Annual statistical returns and brief notes on vaccination in Bengal - 1887-1898
Year: 1887
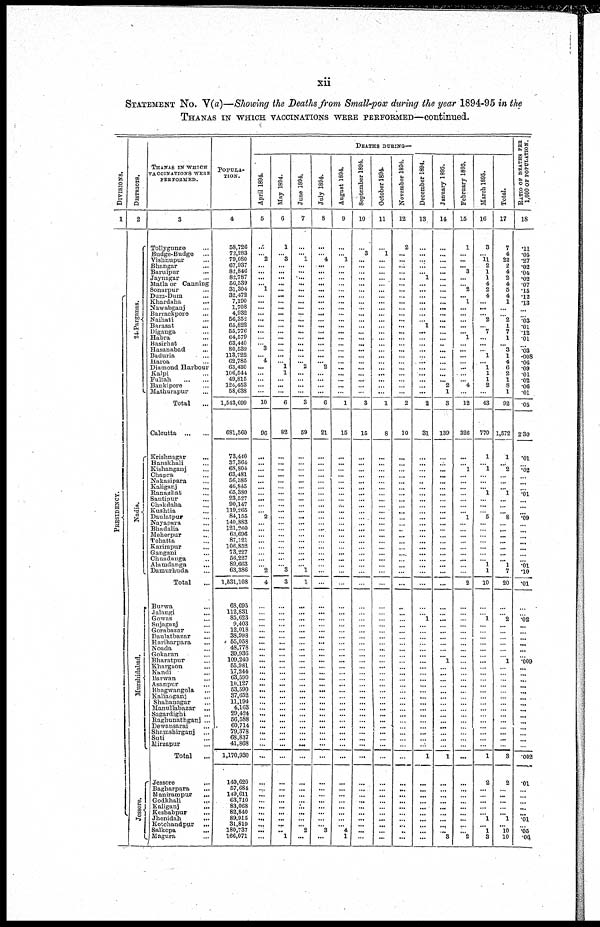
xii
STATEMENT No. V(a)—Showing the Deaths from Small-pox during the year 1894-95 in the
THANAS IN WHICH VACCINATIONS WERE PERFORMED—continued.
DIVISIONS.
1
PRESIDENCY.
DISTRICTS.
2
24-Parganas.
Nadia.
Murshidabad.
Jessore.
THANAS IN WHICH
VACCINATIONS WERE
PERFORMED.
3
Tollygunge ...
Budge-Budge ...
Vishnupur ...
Bhangar ...
Baruipur ...
Jaynagar ...
Matla or Canning
Sonarpur ...
Dum-Dum ...
Khardaha
...
Nawabganj ...
Barrackpore ...
Naihati
...
Barasat ...
Diganga ...
Habra ...
Basirhat
...
Hasanabad ...
Baduria
...
Haroa ...
Diamond Harbour ...
Kalpi ...
Fultah
...
...
Bankipore ...
Mathurapur ...
Total ...
Calcutta ... ...
Krishnagar ...
Hanskhali ...
Kishanganj ...
Chapra ...
Nakasipara ...
Kaliganj ...
Ranaghat ...
Santipur ...
Chakdaha ...
Kushtia ...
Daulatpur ...
Nayapara ...
Bhadalia ...
Meherpur
...
Tehatta ...
Karimpur
...
Gangani ...
Chuadanga ...
Alamdanga ...
Damurhuda ...
Total ...
Burwa
...
Jalangi ...
Gowas ...
Sujaganj
...
Gorabazar ...
Daulatbazar
...
Hariharpara
...
Noada ...
Gokaran
...
Bharatpur ...
Khargaon
...
Kandi
...
Barwan ...
Asanpur ...
Bhagwangola ...
Kaliaaganj ...
Shahanagar ...
Manullabazar ...
Sagardighi
...
Raghunathganj ...
Dewansarai
...
Shamshirganj ...
Suti ...
Mirzapur ...
Total
...
Jessore
...
Bagharpara ...
Manirampur
...
Godkhali
...
Kaliganj
...
Keshabpur ...
Jhenidah
...
Kotchandpur ...
Salkopa
...
Magura ...
POPULA-
TION.
4
58,726
72,283
79,080
67,937
82,846
82,787
56,539
31,304
32,472
7,190
1,708
4,932
56,352
65,822
55,776
64,579
63,440
80,539
113,722
62,785
63,430
106,544
49,815
124,453
58,638
1,543,699
681,560
73,440
37,364
68,804
63,481
56,385
46,845
65,380
23,527
90,147
119,265
84,155
140,883
121,260
63,696
87,121
106,852
73,227
56,227
89,663
63,386
1,531,108
68,695
112,831
85,623
9,403
12,018
38,998
55,058
48,778
39,936
109,240
55,981
17,244
63,590
10,127
53,590
37,652
11,194
4,163
29,424
56,588
60,714
79,378
68,837
41,868
1,170,930
149,620
57,684
149,611
63,710
83,068
82,840
89,915
31,819
180,737
166,071
DEATHS DURING—
April 1894.
5
...
... 2
...
...
...
... 1
...
...
...
...
...
...
...
...
... 3
... 4
...
...
...
...
...
10
90
...
...
...
...
...
...
...
...
...
... 2
...
...
...
...
...
...
...
... 2
4
...
...
...
... ...
...
...
...
... ...
...
...
...
...
...
...
...
... ...
...
...
...
...
...
...
...
...
...
...
...
...
...
...
...
...
May 1894.
6
1
... 3
...
...
...
...
...
...
...
...
...
...
...
...
...
...
...
...
... 1
1
...
...
...
6
82
...
...
...
...
...
...
...
...
...
...
...
...
...
...
...
...
...
...
... 3
3
...
...
...
... ...
...
...
...
...
...
... ...
...
...
...
...
...
...
... ...
...
...
...
...
...
...
...
...
...
...
...
...
...
... 1
June 1894.
7
...
... 1
...
...
...
...
...
...
...
...
...
...
...
...
...
...
...
...
... 2
...
...
...
...
3
59
...
...
...
...
...
...
...
...
...
...
...
...
...
...
...
...
...
...
... 1
1
...
...
...
...
... ...
...
...
... ...
... ...
...
...
...
...
...
...
... ...
... ...
...
...
...
...
...
...
...
...
...
...
... 2
...
July 1894.
8
...
... 4
...
...
...
...
...
...
...
...
...
...
...
...
...
...
...
...
... 2
...
...
...
...
6
21
...
...
...
...
...
...
...
...
...
...
...
...
...
...
...
...
...
...
...
...
...
...
...
...
...
...
...
...
...
...
...
... ...
...
...
...
...
...
... ...
...
...
...
...
...
...
...
...
... ...
...
...
...
... 3
...
August 1894.
9
...
... 1
...
...
...
...
...
...
...
...
...
...
...
...
...
...
...
...
...
...
...
...
...
...
1
15
...
...
...
...
...
...
...
...
...
...
...
...
...
...
...
...
...
...
...
...
...
...
...
...
... ...
...
...
...
...
...
...
...
...
...
...
... ...
...
... ...
...
...
...
...
...
...
...
...
...
...
...
...
... 4
1
September 1894.
10
...
3
...
...
...
...
...
...
...
...
...
...
...
...
...
...
...
...
...
...
...
...
...
...
...
3
15
...
...
...
...
...
...
...
...
...
...
...
...
...
...
...
...
...
...
...
...
...
...
...
...
... ...
...
...
...
...
...
...
...
...
...
...
...
...
...
...
...
...
...
...
...
...
...
...
...
...
...
...
...
...
...
...
October 1894.
11
...
1
...
...
...
...
...
...
...
...
...
...
...
...
...
...
...
...
...
...
...
...
...
...
...
1
8
...
...
...
...
...
...
...
...
...
...
...
...
...
...
...
...
...
...
...
...
...
...
...
...
... ...
...
...
...
...
...
...
...
...
...
...
... ...
... ... ...
...
...
...
...
...
...
... ...
...
... ...
...
...
...
...
November 1894.
12
2
...
...
...
...
...
...
...
...
...
...
...
...
...
...
...
...
...
...
...
...
...
...
...
...
2
10
...
...
...
...
...
...
...
...
...
...
...
...
...
...
...
...
...
...
...
...
...
...
...
...
... ...
...
...
...
...
...
...
...
...
...
...
...
...
... ...
...
...
...
...
...
...
...
...
...
...
...
...
...
...
...
...
December 1894.
13
...
...
...
...
... 1
...
...
...
...
...
...
... 1
...
...
...
...
...
...
...
...
...
...
...
2
31
...
...
...
...
...
...
...
...
...
...
...
...
...
...
...
...
...
...
...
...
...
...
... 1
... ...
...
...
...
...
...
...
... ...
...
...
...
...
...
...
...
... ...
...
...
1
...
...
... ...
...
...
...
...
...
...
January 1895.
14
...
...
...
...
...
...
...
...
...
...
...
...
...
...
...
...
...
...
...
...
...
...
... 2
1
3
139
...
...
...
...
...
...
...
...
...
...
...
...
...
...
...
...
...
...
...
...
...
...
...
...
... ...
...
...
...
... l
...
...
...
...
...
...
...
... ...
...
...
...
...
...
1
...
...
...
...
...
...
...
...
... 3
February 1895.
15
1
...
...
... 3
...
... 2
... 1
...
...
...
...
... 1
...
...
...
...
...
...
... 4
...
12
326
...
... 1
...
...
...
...
...
...
... 1
...
...
...
...
...
...
...
...
...
2
...
...
...
...
...
...
...
...
...
...
...
...
...
...
...
...
...
... ...
...
...
...
...
...
...
...
...
...
...
...
...
...
...
... 2
March 1895.
16
3
... 11
2
1
1
4
2
4
...
...
... 2
... 7
...
...
... 1
... 1
1
1
2
...
43
770
1
... 1
...
...
... 1
...
...
... 5
...
...
...
...
...
...
... 1
1
10
...
... 1
...
...
...
...
...
...
...
...
...
...
...
...
...
...
...
...
...
...
...
...
...
1
2
...
...
...
...
... 1
... 1
3
Total.
17
7
4
22
2
4
2
4
5
4
1
...
... 2
1
7
1
... 3
1
4
6
2
1
8
1
92
1,572
1
... 2
...
...
... 1
...
...
... 8
...
...
...
...
...
...
... 1
7
20
...
... 2
... ...
...
...
...
... 1
...
...
...
...
...
...
...
...
...
...
...
...
...
...
3
2
...
...
...
...
... 1
... 10
10
RATIO OF DEATHS PER
1,000 OF POPULATION.
18
.11
.05
.27
.02
.04
.02
.07
.15
.12
.13
...
... .03
.01
.12
.01
...
.03 .008
.06
.09
.01
.02
.06
.01
.05
2.30
.01
... .02
...
...
... .01
...
...
... .09
...
...
...
...
...
...
...
.01 .10
.01
...
... .02
... ...
...
...
...
... .009
...
...
...
...
...
...
...
... ...
...
...
...
...
...
.002
.01
...
...
...
...
... .01
... .05
.06